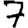
Digit: 7